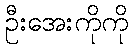
ဦးအေးကိုကို